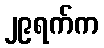
၂၉ရက်က